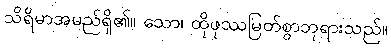
သိရိမာအမည်ရှိ၏။ သော၊ ထိုဖုဿမြတ်စွာဘုရားသည်။